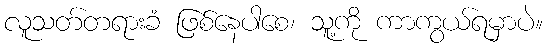
လူသတ်တရားခံ ဖြစ်နေပါစေ၊ သူ့ကို ကာကွယ်ရမှာပဲ။